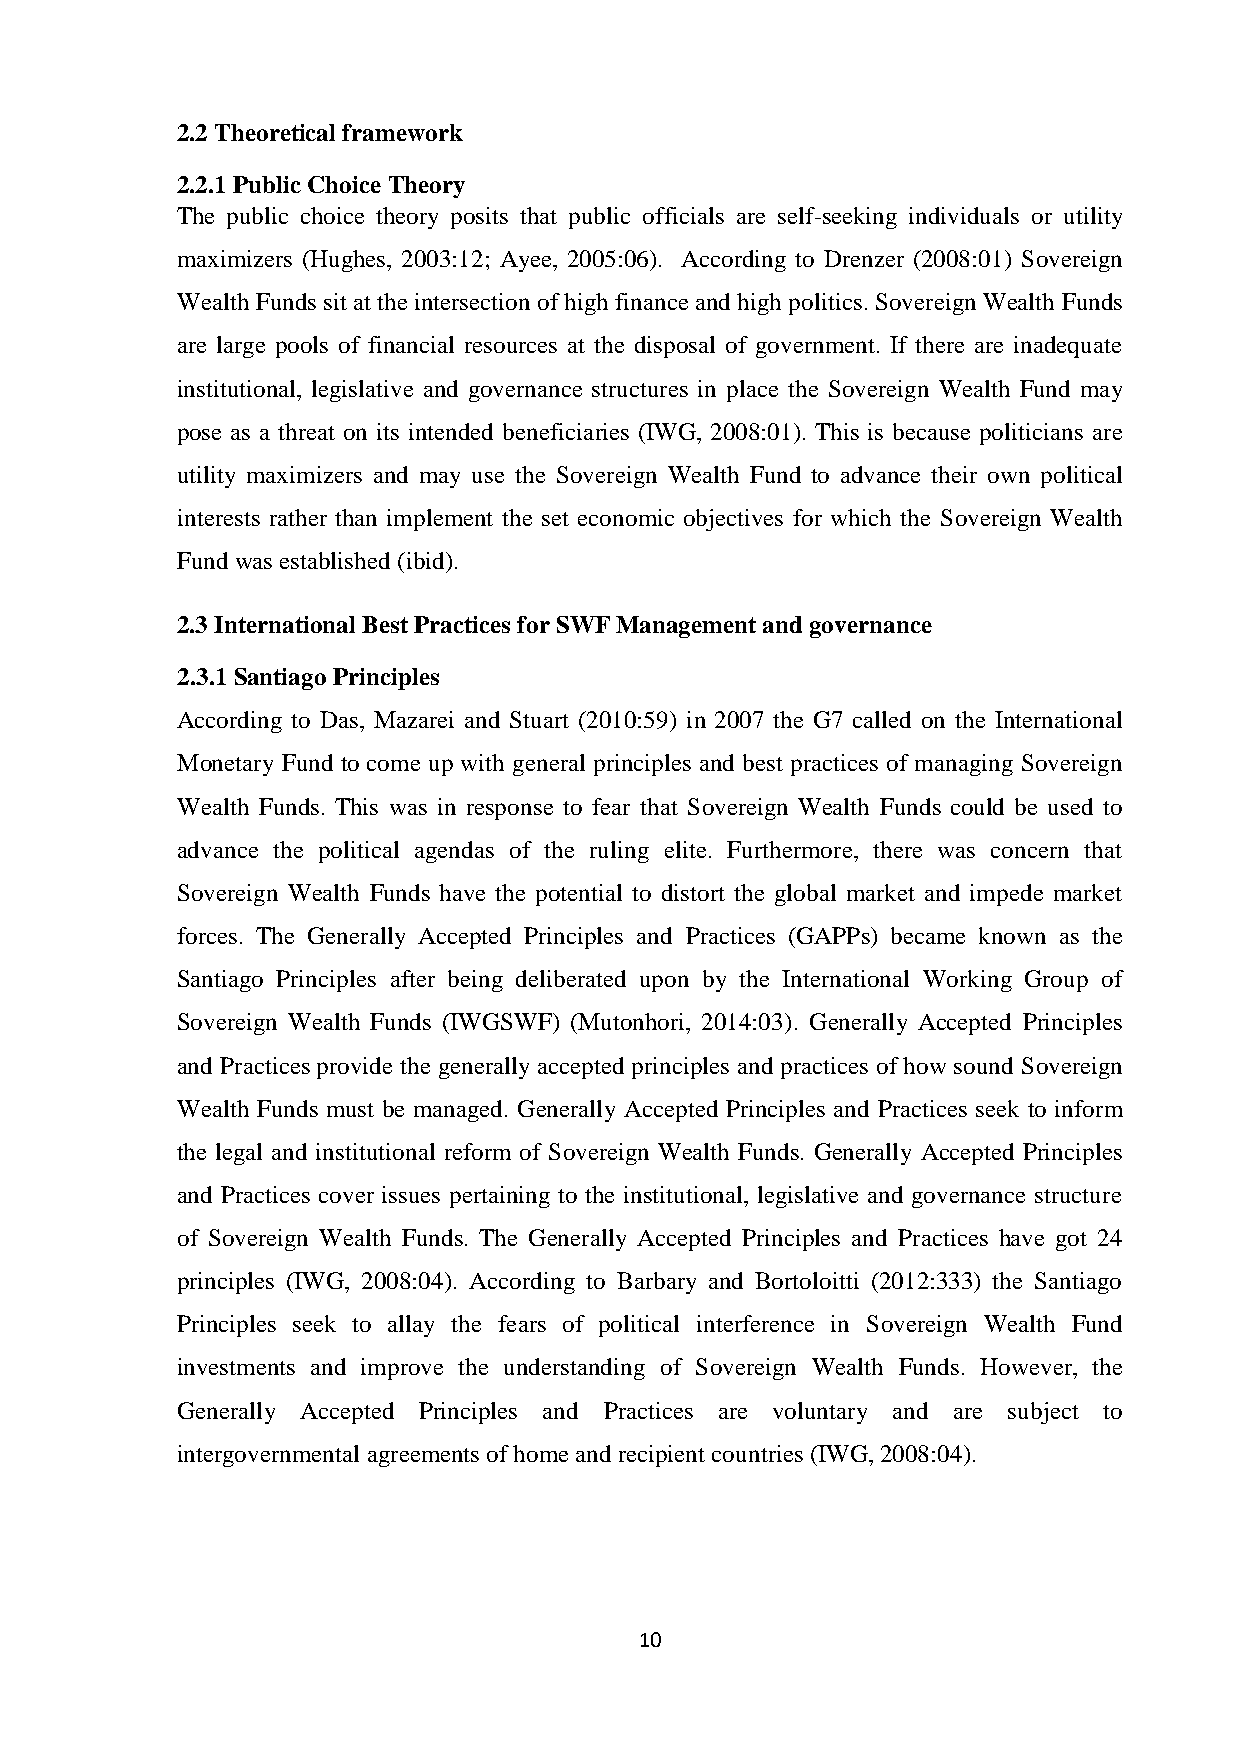
2.2 Theoretical framework
 2.2.1 Public Choice Theory
 The public choice theory posits that public officials are self-seeking individuals or utility
 maximizers (Hughes, 2003:12; Ayee, 2005:06). According to Drenzer (2008:01) Sovereign
 Wealth Funds sit at the intersection of high finance and high politics. Sovereign Wealth Funds
 are large pools of financial resources at the disposal of government. If there are inadequate
 institutional, legislative and governance structures in place the Sovereign Wealth Fund may
 pose as a threat on its intended beneficiaries (IWG, 2008:01). This is because politicians are
 utility maximizers and may use the Sovereign Wealth Fund to advance their own political
 interests rather than implement the set economic objectives for which the Sovereign Wealth
 Fund was established (ibid).
 2.3 International Best Practices for SWF Management and governance
 2.3.1 Santiago Principles
 According to Das, Mazarei and Stuart (2010:59) in 2007 the G7 called on the International
 Monetary Fund to come up with general principles and best practices of managing Sovereign
 Wealth Funds. This was in response to fear that Sovereign Wealth Funds could be used to
 advance the political agendas of the ruling elite. Furthermore, there was concern that
 Sovereign Wealth Funds have the potential to distort the global market and impede market
 forces. The Generally Accepted Principles and Practices (GAPPs) became known as the
 Santiago Principles after being deliberated upon by the International Working Group of
 Sovereign Wealth Funds (IWGSWF) (Mutonhori, 2014:03). Generally Accepted Principles
 and Practices provide the generally accepted principles and practices of how sound Sovereign
 Wealth Funds must be managed. Generally Accepted Principles and Practices seek to inform
 the legal and institutional reform of Sovereign Wealth Funds. Generally Accepted Principles
 and Practices cover issues pertaining to the institutional, legislative and governance structure
 of Sovereign Wealth Funds. The Generally Accepted Principles and Practices have got 24
 principles (IWG, 2008:04). According to Barbary and Bortoloitti (2012:333) the Santiago
 Principles seek to allay the fears of political interference in Sovereign Wealth Fund
 investments and improve the understanding of Sovereign Wealth Funds. However, the
 Generally Accepted Principles and Practices are voluntary and are subject to
 intergovernmental agreements of home and recipient countries (IWG, 2008:04).
 10